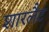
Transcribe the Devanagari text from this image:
शारलैट